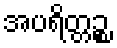
အပရိတ္တဉ္စ